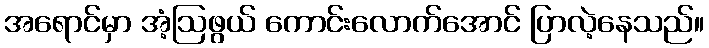
အရောင်မှာ အံ့ဩဖွယ် ကောင်းလောက်အောင် ပြာလဲ့နေသည်။